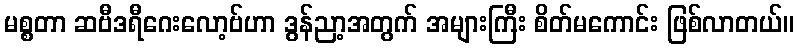
မစ္စတာ ဆဗီဒရီဂေးလော့ဗ်ဟာ ဒွန်ညာ့အတွက် အများကြီး စိတ်မကောင်း ဖြစ်လာတယ်။